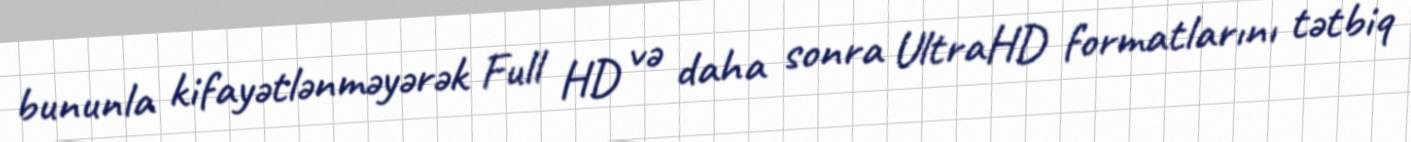
bununla kifayətlənməyərək Full HD və daha sonra UltraHD formatlarını tətbiq